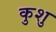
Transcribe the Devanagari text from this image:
कुशु